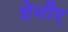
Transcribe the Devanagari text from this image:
शेनौए